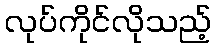
လုပ်ကိုင်လိုသည့်